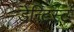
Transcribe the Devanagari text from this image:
डेन्टिस्ट